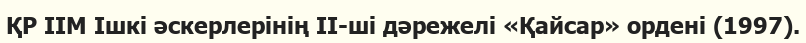
ҚР ІІМ Ішкі әскерлерінің ІІ-ші дәрежелі «Қайсар» ордені (1997).